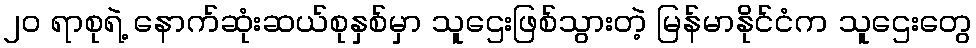
၂၀ ရာစုရဲ့ နောက်ဆုံးဆယ်စုနှစ်မှာ သူဌေးဖြစ်သွားတဲ့ မြန်မာနိုင်ငံက သူဌေးတွေ